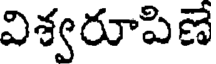
విశ్వరూపిణే